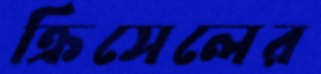
ক্রিসেলের